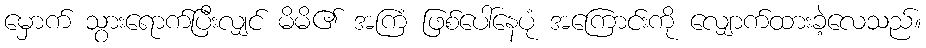
မှောက် သွားရောက်ပြီးလျှင် မိမိ၏ အကြံ ဖြစ်ပေါ်နေပုံ အကြောင်းကို လျှောက်ထားခဲ့လေသည်။